Indian journal of veterinary science and animal husbandry - Volume 11,
Year: 1941
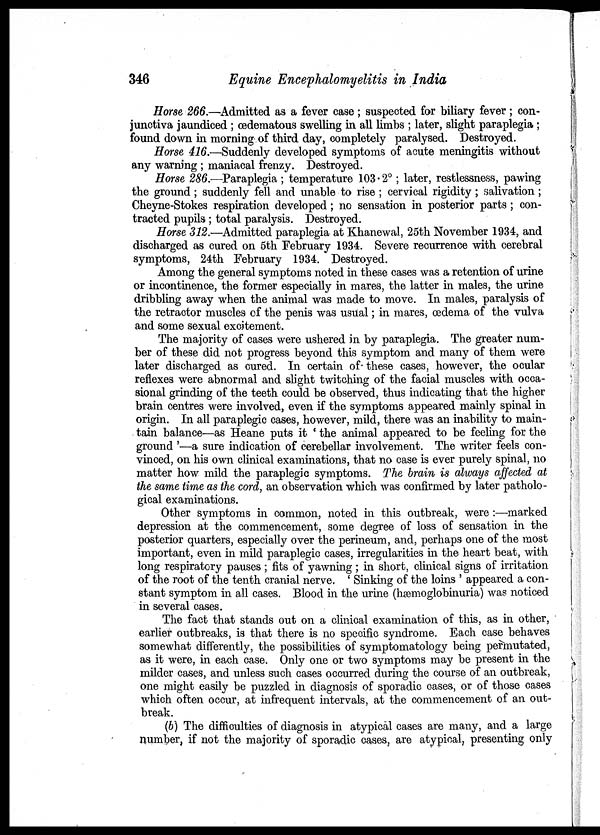
346
Equine Encephalomyelitis in India
Horse 266.—Admitted as a fever case ; suspected for biliary fever; con-
junctiva jaundiced ; œdematous swelling in all limbs ; later, slight paraplegia ;
found down in morning of third day, completely paralysed. Destroyed.
Horse 416.—Suddenly developed symptoms of acute meningitis without
any warning ; maniacal frenzy. Destroyed.
Horse 286.—Paraplegia ; temperature 103.2°; later, restlessness, pawing
the ground ; suddenly fell and unable to rise ; cervical rigidity; salivation ;
Cheyne-Stokes respiration developed; no sensation in posterior parts; con-
tracted pupils ; total paralysis. Destroyed.
Horse 312.—Admitted paraplegia at Khanewal, 25th November 1934, and
discharged as cured on 5th February 1934. Severe recurrence with cerebral
symptoms, 24th February 1934. Destroyed.
Among the general symptoms noted in these cases was a retention of urine
or incontinence, the former especially in mares, the latter in males, the urine
dribbling away when the animal was made to move. In males, paralysis of
the retractor muscles of the penis was usual; in mares, œdema of the vulva
and some sexual excitement.
The majority of cases were ushered in by paraplegia. The greater num-
ber of these did not progress beyond this symptom and many of them were
later discharged as cured. In certain of- these cases, however, the ocular
reflexes were abnormal and slight twitching of the facial muscles with occa-
sional grinding of the teeth could be observed, thus indicating that the higher
brain centres were involved, even if the symptoms appeared mainly spinal in
origin. In all paraplegic cases, however, mild, there was an inability to main-
tain balance—as Heane puts it ' the animal appeared to be feeling for the
ground '—a sure indication of cerebellar involvement. The writer feels con-
vinced, on his own clinical examinations, that no case is ever purely spinal, no
matter how mild the paraplegic symptoms. The brain is always affected at
the same time as the cord, an observation which was confirmed by later patholo-
gical examinations.
Other symptoms in common, noted in this outbreak, were :—marked
depression at the commencement, some degree of loss of sensation in the
posterior quarters, especially over the perineum, and, perhaps one of the most
important, even in mild paraplegic cases, irregularities in the heart beat, with
long respiratory pauses ; fits of yawning ; in short, clinical signs of irritation
of the root of the tenth cranial nerve. ' Sinking of the loins ' appeared a con-
stant symptom in all cases. Blood in the urine (hæmoglobinuria) was noticed
in several cases.
The fact that stands out on a clinical examination of this, as in other,
earlier outbreaks, is that there is no specific syndrome. Each case behaves
somewhat differently, the possibilities of symptomatology being permutated,
as it were, in each case. Only one or two symptoms may be present in the
milder cases, and unless such cases occurred during the course of an outbreak,
one might easily be puzzled in diagnosis of sporadic cases, or of those cases
which often occur, at infrequent intervals, at the commencement of an out-
break.
(b) The difficulties of diagnosis in atypical cases are many, and a large
number, if not the majority of sporadic cases, are atypical, presenting only